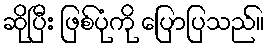
ဆိုပြီး ဖြစ်ပုံကို ပြောပြသည်။